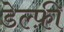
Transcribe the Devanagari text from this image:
डेल्फ़ी